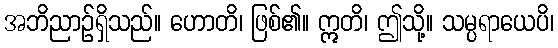
အဘိညာဉ်ရှိသည်။ ဟောတိ၊ ဖြစ်၏။ ဣတိ၊ ဤသို့။ သမ္ပရာယေပိ၊